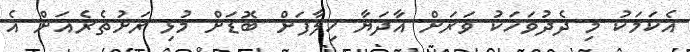
އެކަމަކު މި ދެދުވަހަކު ވަރަށް އާދަޔާ ހިލާފަށް ބޮޑަށް މުޅި ރަށުތެރެއަށް އެ